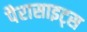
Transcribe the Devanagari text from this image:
पैरासाइट्स